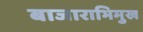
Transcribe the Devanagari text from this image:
बाजाराभिमुख